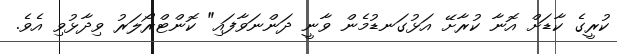
ކުރީގެ ކާޑަށް އޮނާ ކުރާށޭ އަޅުގަނޑުމެން ވާނީ ދަންނަވާފައި" ކޮންޓްރޯލަރު ވިދާޅުވި އެވެ.